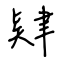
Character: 肄